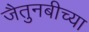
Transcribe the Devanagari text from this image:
जैतुनबीच्या